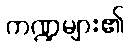
ကဏ္ဍများ၏